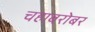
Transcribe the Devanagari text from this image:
चहाबरोबर